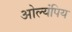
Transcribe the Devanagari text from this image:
ओल्यंपिय